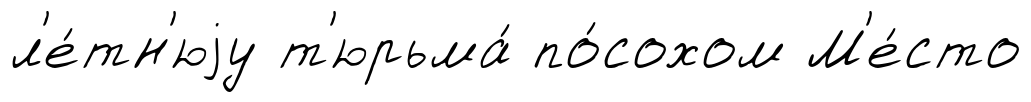
л'е́тн'юjу т'юрьма́ по́сохом М'е́сто